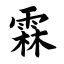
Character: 霖